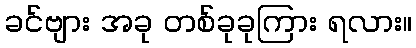
ခင်ဗျား အခု တစ်ခုခုကြား ရလား။